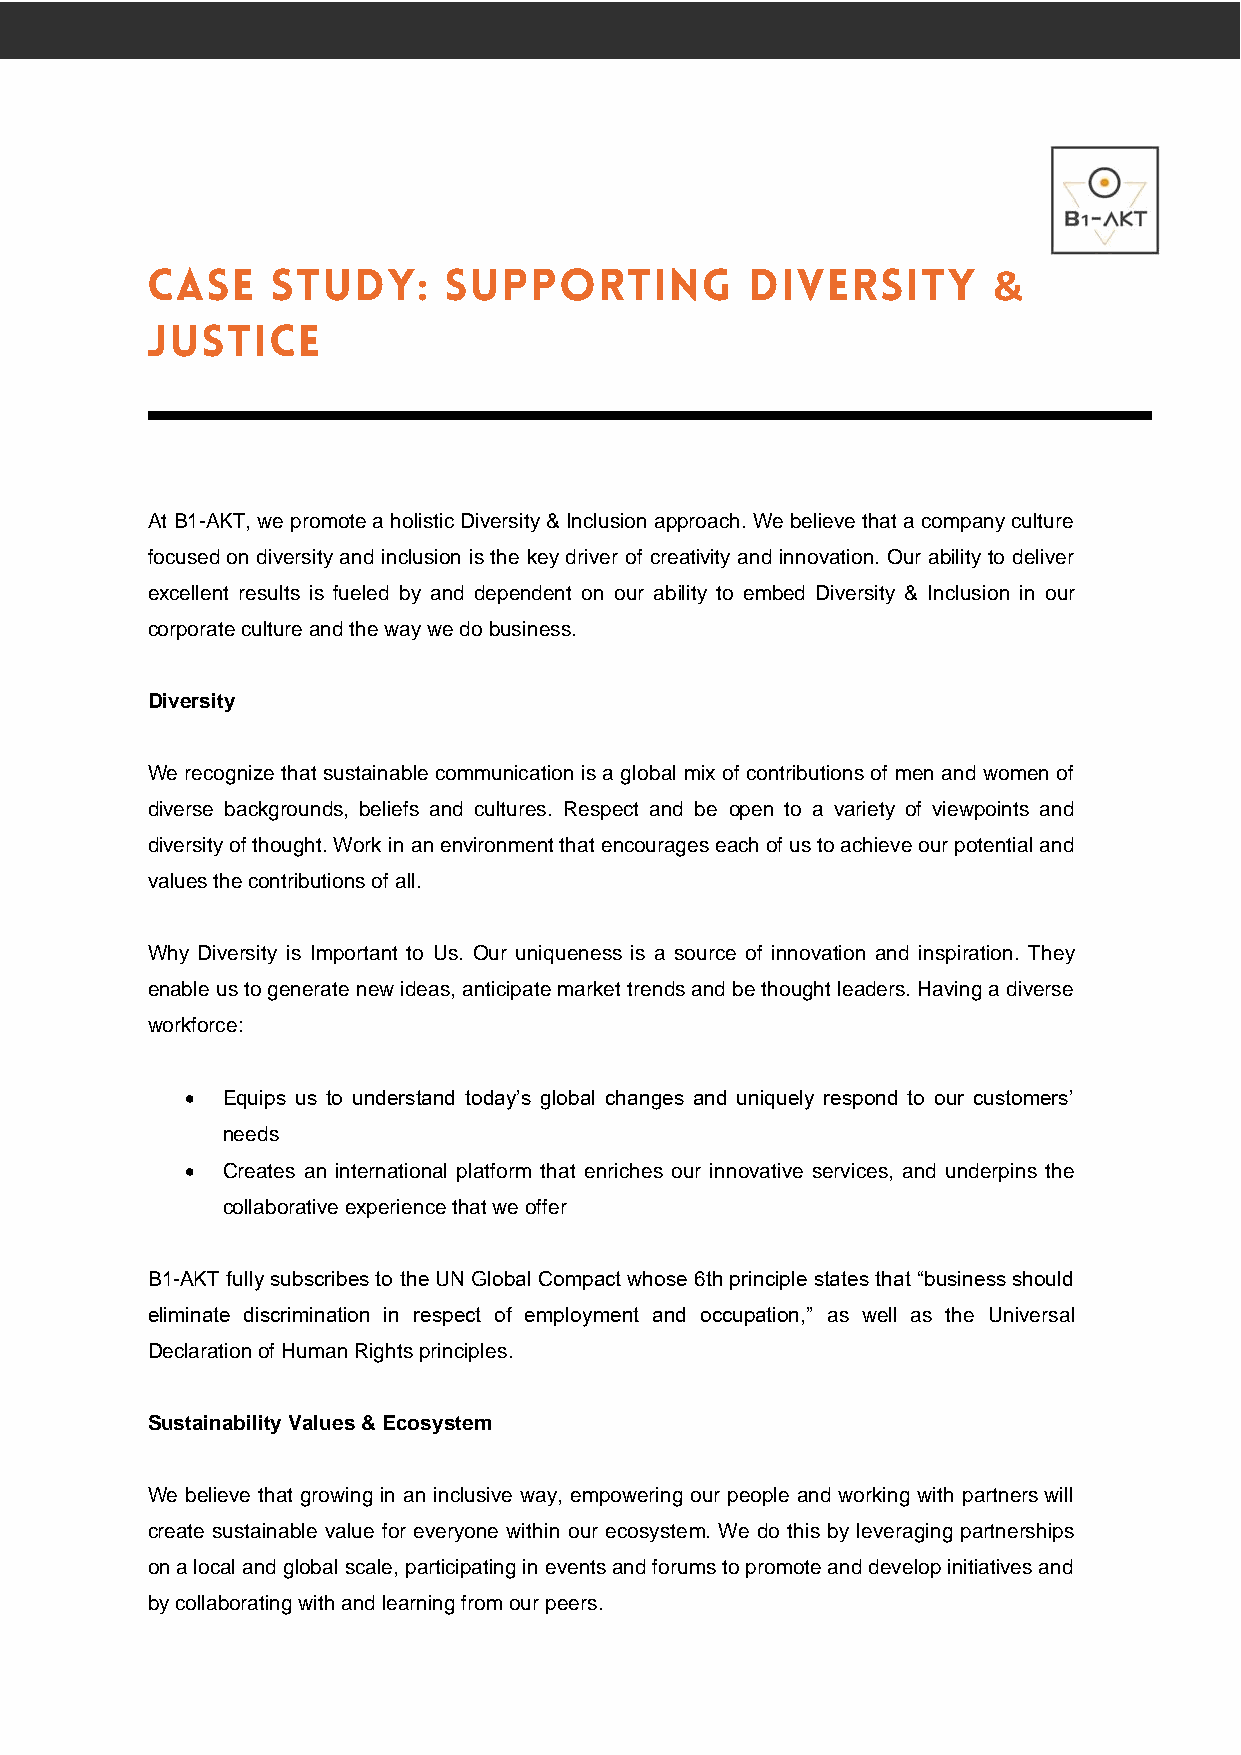
&
 At B1-AKT, we promote a holistic Diversity & Inclusion approach. We believe that a company culture
 focused on diversity and inclusion is the key driver of creativity and innovation. Our ability to deliver
 excellent results is fueled by and dependent on our ability to embed Diversity & Inclusion in our
 corporate culture and the way we do business.
 Diversity
 We recognize that sustainable communication is a global mix of contributions of men and women of
 diverse backgrounds, beliefs and cultures. Respect and be open to a variety of viewpoints and
 diversity of thought. Work in an environment that encourages each of us to achieve our potential and
 values the contributions of all.
 Why Diversity is Important to Us. Our uniqueness is a source of innovation and inspiration. They
 enable us to generate new ideas, anticipate market trends and be thought leaders. Having a diverse
 workforce:
 •  Equips us to understand today’s global changes and uniquely respond to our customers’
 needs
 •  Creates an international platform that enriches our innovative services, and underpins the
 collaborative experience that we offer
 B1-AKT fully subscribes to the UN Global Compact whose 6th principle states that “business should
 eliminate discrimination in respect of employment and occupation,” as well as the Universal
 Declaration of Human Rights principles.
 Sustainability Values & Ecosystem
 We believe that growing in an inclusive way, empowering our people and working with partners will
 create sustainable value for everyone within our ecosystem. We do this by leveraging partnerships
 on a local and global scale, participating in events and forums to promote and develop initiatives and
 by collaborating with and learning from our peers.